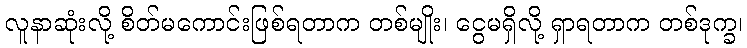
လူနာဆုံးလို့ စိတ်မကောင်းဖြစ်ရတာက တစ်မျိုး၊ ငွေမရှိလို့ ရှာရတာက တစ်ဒုက္ခ၊